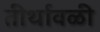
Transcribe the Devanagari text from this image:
तीर्थावळी